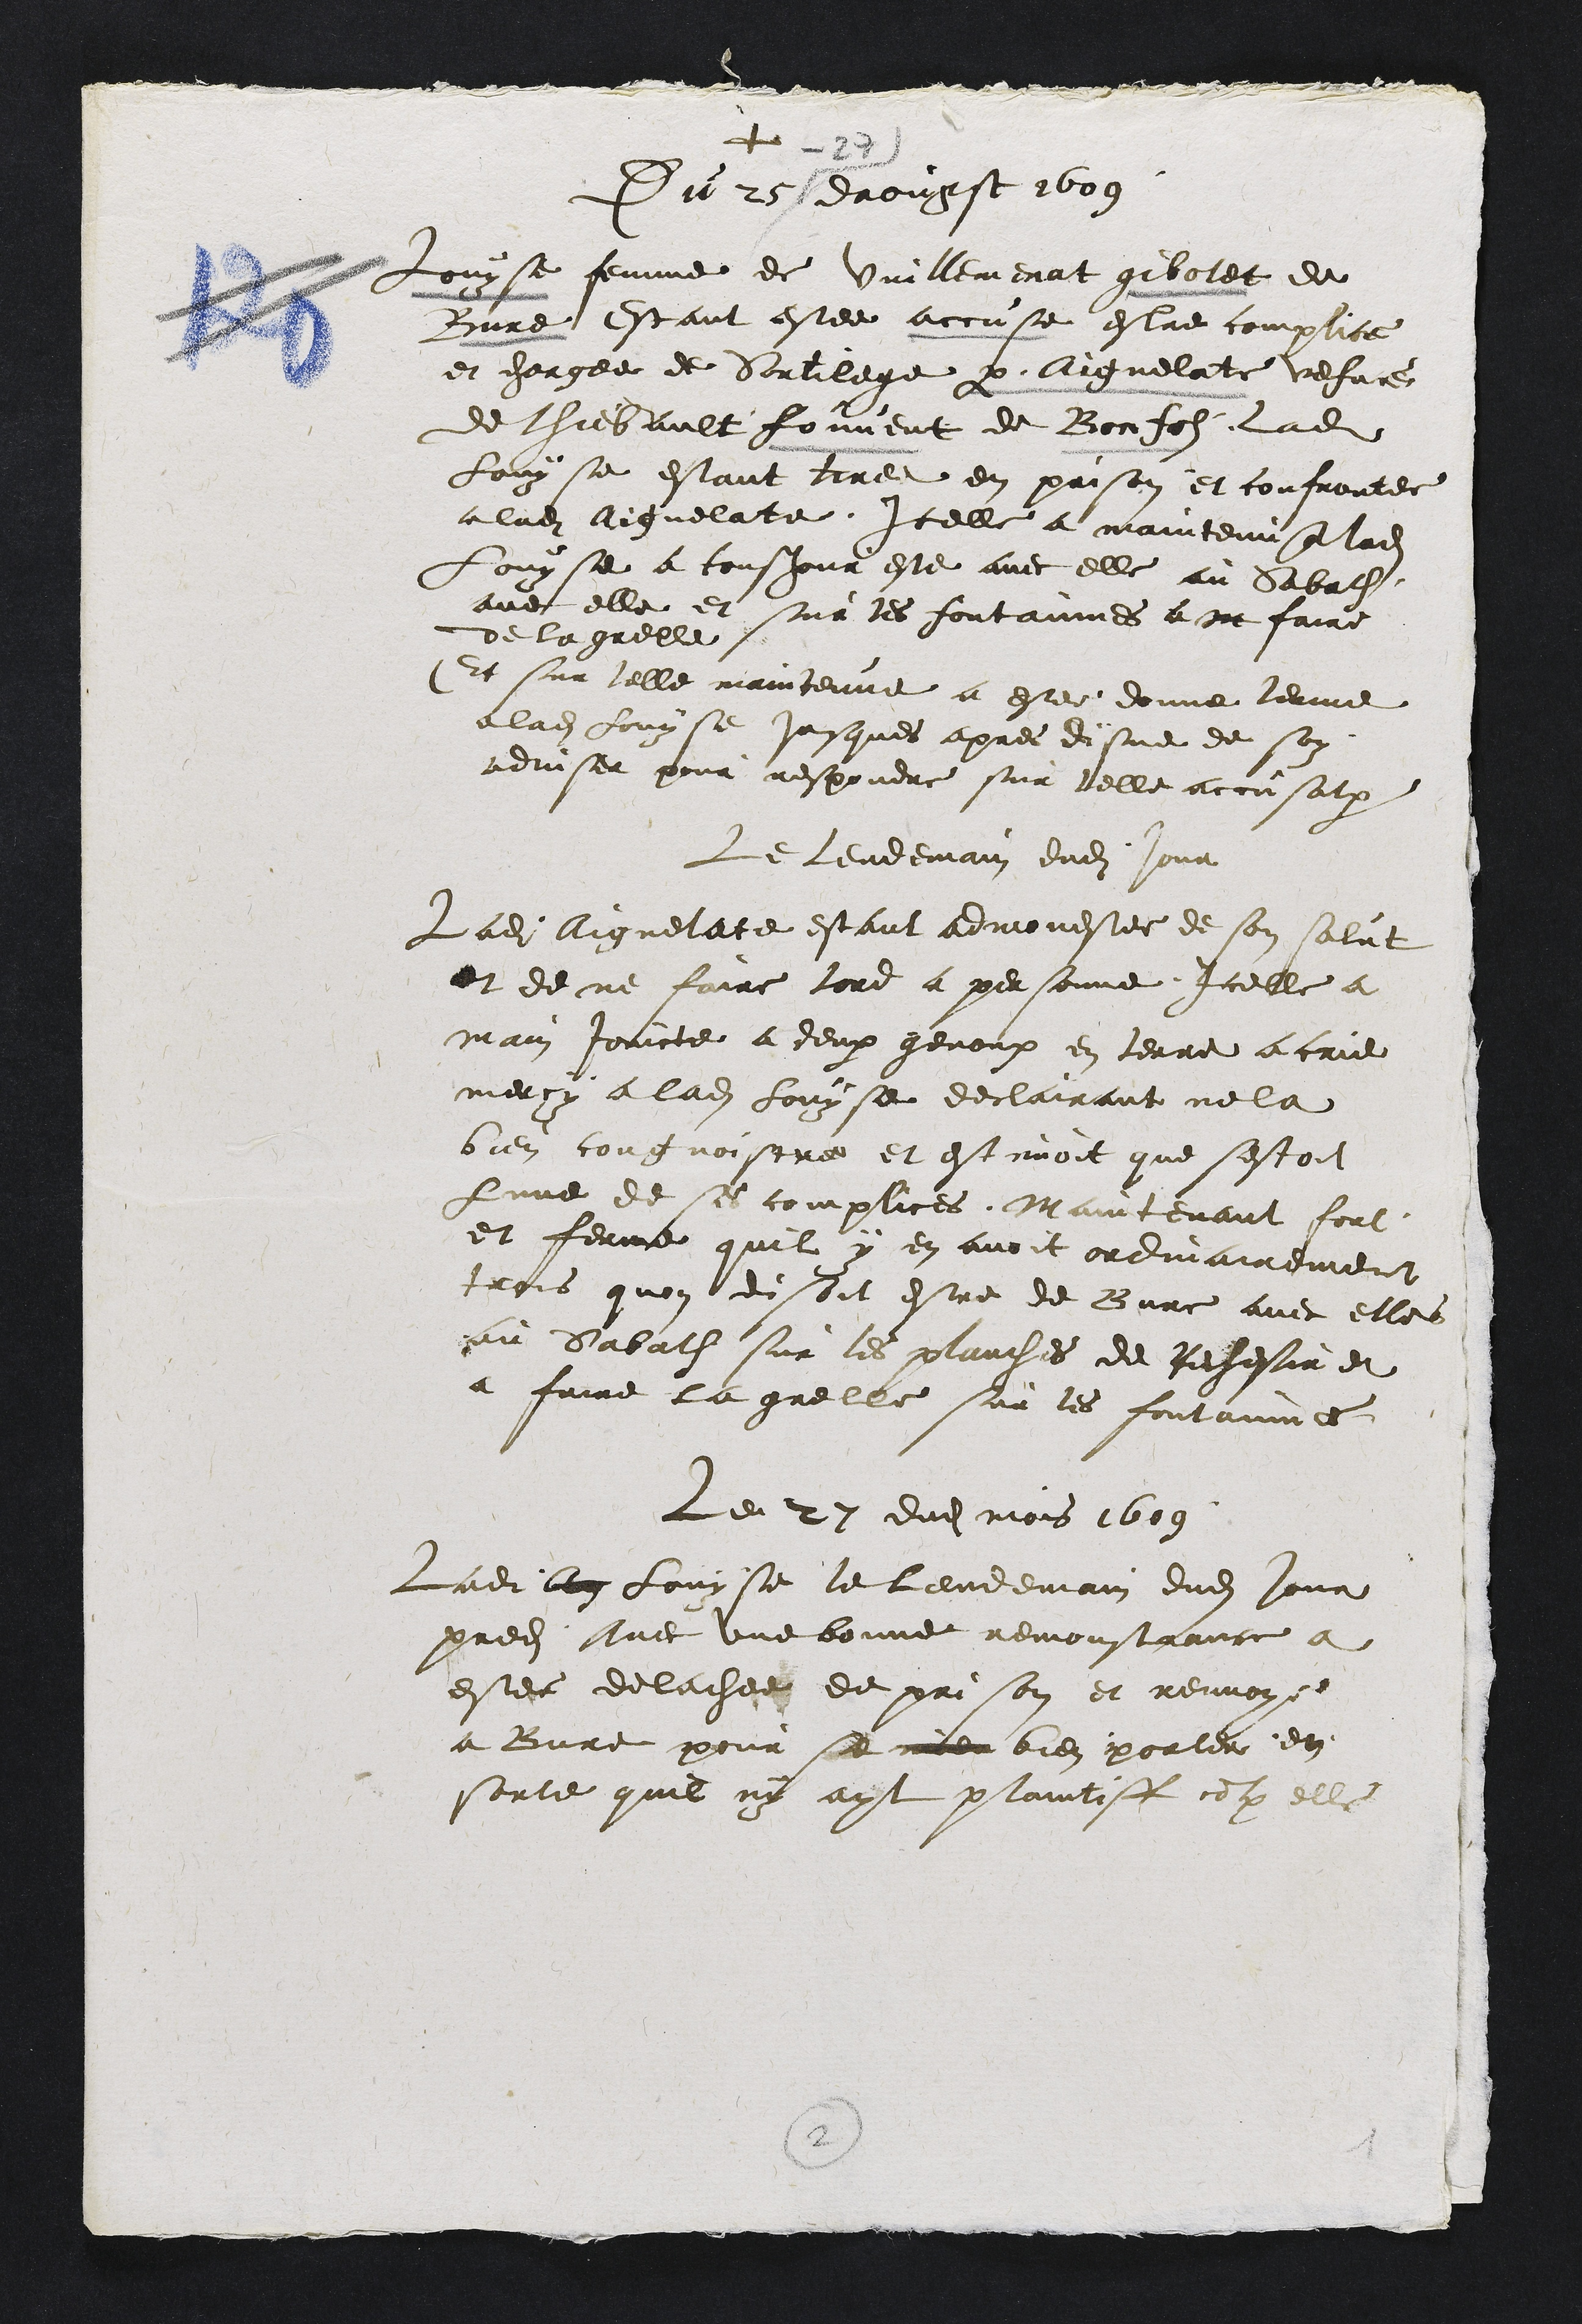
+
Du 26 daougst 1609
-27
Du 26 daougst 1609
Louyse femme de Vuillemenat gibolet de
Bure Estant estee accuse estre complice
et chargee de Sortilege par Aignelatte vefve
de chiebault fouvent de Bonfolz ladite
Lon se estant tiree en prison et confrontee
a ladite Aignelate Icelle a maintenu que ladite
Lougse a tousjour este avec elle au Sabath
avec elle et sur les fontainnes a ne faire
de la grelle
Et sur telle maintennee a este donne terme
a ladite fouyse jusques apres disne de soy
adviser pour respondre sur telle accusat
Le lendemain dudit jour
adite Aignelate estant admonestee de son salut
et de ne faire tord a personne Icelle a
main toucte a deux genoux en terre a crie
meroy a ladite conse declairant ne la
bien congnoistre et est avoit que sestoit
Lune de ses complices Maitevant fort
et ferme quil y en avoit ordinairement
trois quon disoit estre de Bure avec elles
au Sabath sur les planches de Rechesir et
a faire la grelle sur les fontainnes
Le 21 dudit mois 1609
Lade la fouyse le lendemain dudit jour
predite vec une bonne remonstrance a
estee de lachee de prison et renvoy
a Bure pour se me bien porter de
sorte quil ny apt plaitiff cotte elle